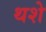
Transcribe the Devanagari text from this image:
थशे